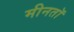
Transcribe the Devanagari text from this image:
मीनतॉ